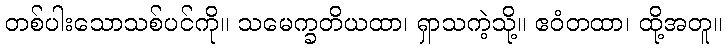
တစ်ပါးသောသစ်ပင်ကို။ သမေက္ခတိယထာ၊ ရှာသကဲ့သို့။ ဧဝံတထာ၊ ထို့အတူ။